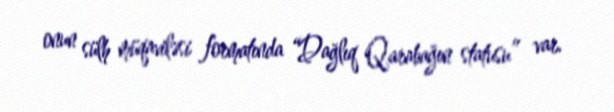
onun sülh müqaviləsi formatında “Dağlıq Qarabağın statusu” var.